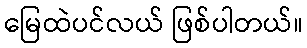
မြေထဲပင်လယ် ဖြစ်ပါတယ်။